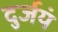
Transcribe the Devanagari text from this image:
दुर्जयं